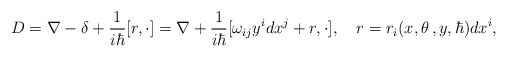
\begin{align*}D=\nabla -\delta +\frac 1{i\hbar }[r,\cdot ]=\nabla +\frac 1{i\hbar }[\omega_{ij}y^idx^j+r,\cdot ],\quad r=r_i(x,\theta \,,y,\hbar )dx^i, \end{align*}